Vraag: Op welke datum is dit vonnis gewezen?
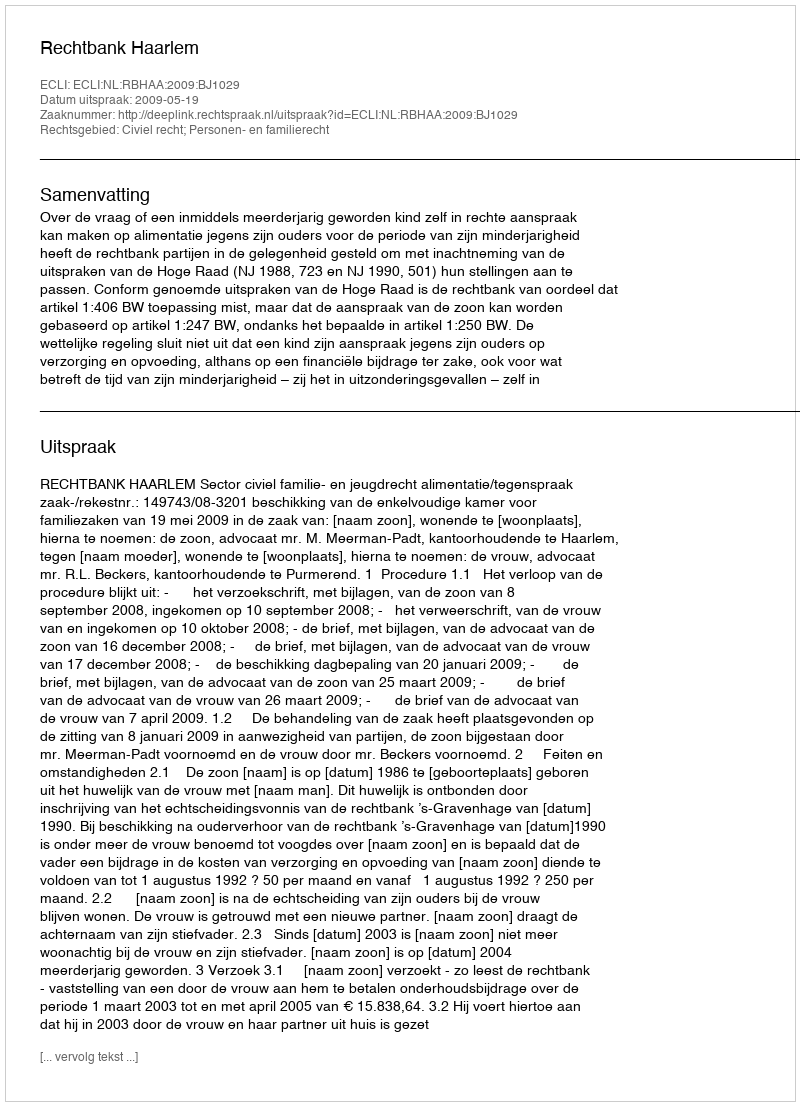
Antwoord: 2009-05-19